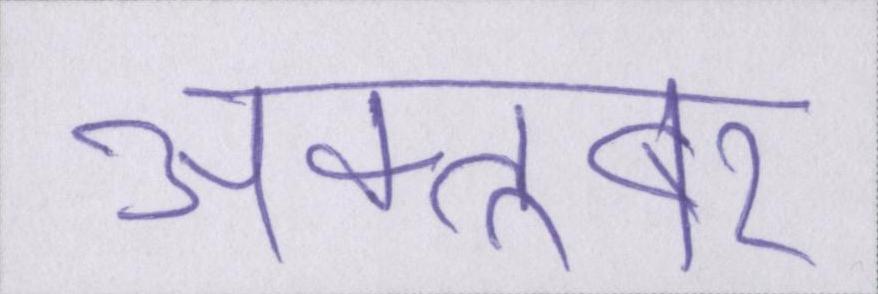
अक्तूबर